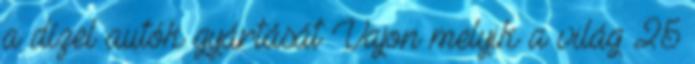
a dízel autók gyártását Vajon melyik a világ 25